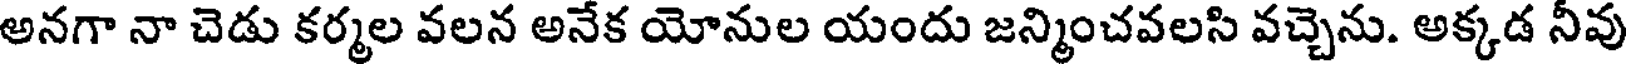
అనగా నా చెడు కర్మల వలన అనేక యోనుల యందు జన్మించవలసి వచ్చెను. అక్కడ నీవు